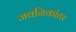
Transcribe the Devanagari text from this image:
जवनिकांतर